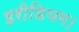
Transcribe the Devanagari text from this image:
इरीडियम।